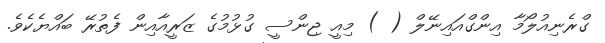
ގްރެނިއުލޯމާ އިންގްއައިނޭލް ( ) މިއީ ޖިންސީ ގުޅުމުގެ ޒަރީއާއިން ފެތުރޭ ބައްޔެކެވެ.